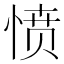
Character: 愤